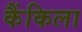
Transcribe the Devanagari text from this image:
कैंकिला